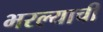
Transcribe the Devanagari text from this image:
भरल्याची